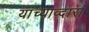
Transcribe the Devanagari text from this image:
यांच्याव्दारा